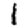
Digit: 1